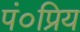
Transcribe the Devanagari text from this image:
पं०प्रिय